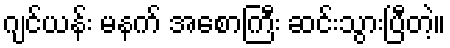
ဂျင်ယန်း မနက် အစောကြီး ဆင်းသွားပြီတဲ့။